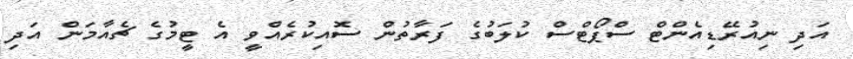
އަދި ނިއުރޭޑިއެންޓް ސްޕޯޓްސް ކުލަބުގެ ފަރާތުން ސޮއިކުރެއްވީ އެ ޓީމުގެ ޗެއާމަން އަދި